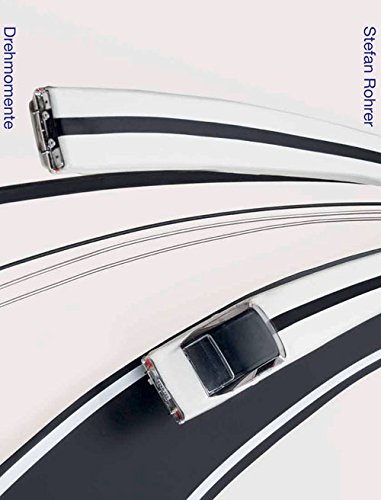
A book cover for Stefan Rohrer - Drehmomente; Britta E. Buhlmann; Arts & Photography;